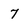
Character: 7